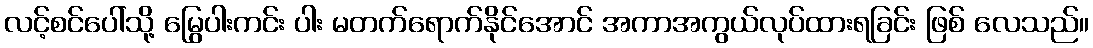
လင့်စင်ပေါ်သို့ မြွေပါးကင်း ပါး မတက်ရောက်နိုင်အောင် အကာအကွယ်လုပ်ထားရခြင်း ဖြစ် လေသည်။